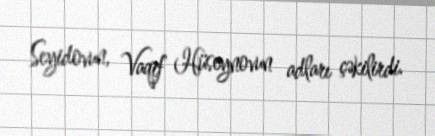
Seyidovun, Vaqif Hüseynovun adları çəkilirdi.